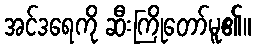
အင်ဒရေကို ဆီးကြိုတော်မူ၏။